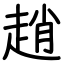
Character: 趙